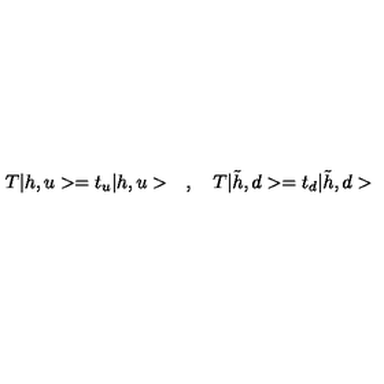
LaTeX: T | h , u > = t _ { u } | h , u > \quad , \quad T | \tilde { h } , d > = t _ { d } | \tilde { h } , d >